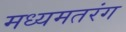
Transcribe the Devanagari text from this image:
मध्यमतरंग